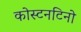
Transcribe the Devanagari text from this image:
कोस्टनटिनो